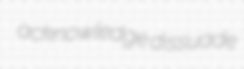
acknowledge dissuade